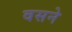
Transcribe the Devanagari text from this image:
वसने